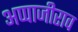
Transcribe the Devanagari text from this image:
अप्पाजीराव